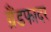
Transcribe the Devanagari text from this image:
ग्रैंडफादर